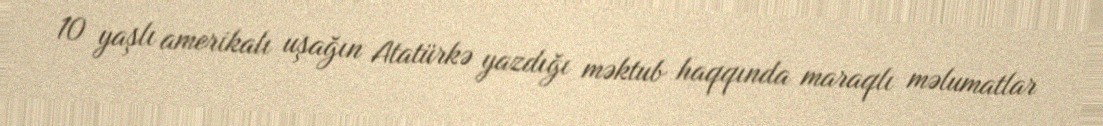
10 yaşlı amerikalı uşağın Atatürkə yazdığı məktub haqqında maraqlı məlumatlar